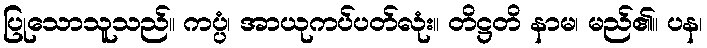
ပြုသောသူသည်။ ကပ္ပံ၊ အာယုကပ်ပတ်လုံး။ တိဋ္ဌတိ နာမ၊ မည်၏။ ပန၊